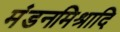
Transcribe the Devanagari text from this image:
मंडनमिश्रादि